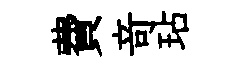
費竒玷